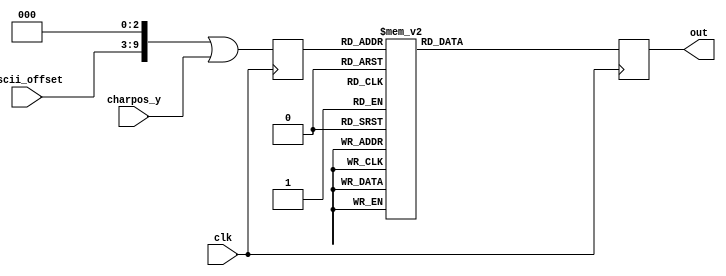
module font_rom_8x8 (
    input clk,
	 input [6:0] ascii_offset,
	 input [2:0] charpos_y,
    output reg [7:0] out
);

reg [9:0] addr_r;
//assign addr_r = ((ascii_offset << 3) |charpos_y);

always @(posedge clk) begin
  addr_r <= ((ascii_offset << 3) |charpos_y);
  case (addr_r)
		10'h100:out <=8'b00000000;        
		10'h101:out <=8'b00000000;        
		10'h102:out <=8'b00000000;        
		10'h103:out <=8'b00000000;        
		10'h104:out <=8'b00000000;        
		10'h105:out <=8'b00000000;        
		10'h106:out <=8'b00000000;        
		10'h107:out <=8'b00000000;        
		10'h108:out <=8'b00000100;        // !
		10'h109:out <=8'b00000100;        
		10'h10A:out <=8'b00000100;        
		10'h10B:out <=8'b00000100;        
		10'h10C:out <=8'b00000000;        
		10'h10D:out <=8'b00000000;        
		10'h10E:out <=8'b00000100;        
		10'h10F:out <=8'b00000000;        
		10'h110:out <=8'b00001010;        // "
		10'h111:out <=8'b00001010;        
		10'h112:out <=8'b00001010;        
		10'h113:out <=8'b00000000;        
		10'h114:out <=8'b00000000;        
		10'h115:out <=8'b00000000;        
		10'h116:out <=8'b00000000;        
		10'h117:out <=8'b00000000;        
		10'h118:out <=8'b00001010;        // #
		10'h119:out <=8'b00001010;        
		10'h11A:out <=8'b00011111;        
		10'h11B:out <=8'b00001010;        
		10'h11C:out <=8'b00011111;        
		10'h11D:out <=8'b00001010;        
		10'h11E:out <=8'b00001010;        
		10'h11F:out <=8'b00000000;        
		10'h120:out <=8'b00000100;        // $
		10'h121:out <=8'b00001111;        
		10'h122:out <=8'b00010100;        
		10'h123:out <=8'b00001110;        
		10'h124:out <=8'b00000101;        
		10'h125:out <=8'b00011110;        
		10'h126:out <=8'b00000100;        
		10'h127:out <=8'b00000000;        
		10'h128:out <=8'b00011000;        // %
		10'h129:out <=8'b00011001;        
		10'h12A:out <=8'b00000010;        
		10'h12B:out <=8'b00000100;        
		10'h12C:out <=8'b00001000;        
		10'h12D:out <=8'b00010011;        
		10'h12E:out <=8'b00000011;        
		10'h12F:out <=8'b00000000;        
		10'h130:out <=8'b00001100;        // &
		10'h131:out <=8'b00010010;        
		10'h132:out <=8'b00010100;        
		10'h133:out <=8'b00001000;        
		10'h134:out <=8'b00010101;        
		10'h135:out <=8'b00010010;        
		10'h136:out <=8'b00001101;        
		10'h137:out <=8'b00000000;        
		10'h138:out <=8'b00001100;        // '
		10'h139:out <=8'b00000100;        
		10'h13A:out <=8'b00001000;        
		10'h13B:out <=8'b00000000;        
		10'h13C:out <=8'b00000000;        
		10'h13D:out <=8'b00000000;        
		10'h13E:out <=8'b00000000;        
		10'h13F:out <=8'b00000000;        
		10'h140:out <=8'b00000010;        // (
		10'h141:out <=8'b00000100;        
		10'h142:out <=8'b00001000;        
		10'h143:out <=8'b00001000;        
		10'h144:out <=8'b00001000;        
		10'h145:out <=8'b00000100;        
		10'h146:out <=8'b00000010;        
		10'h147:out <=8'b00000000;        
		10'h148:out <=8'b00001000;        // )
		10'h149:out <=8'b00000100;        
		10'h14A:out <=8'b00000010;        
		10'h14B:out <=8'b00000010;        
		10'h14C:out <=8'b00000010;        
		10'h14D:out <=8'b00000100;        
		10'h14E:out <=8'b00001000;        
		10'h14F:out <=8'b00000000;        
		10'h150:out <=8'b00000000;        // *
		10'h151:out <=8'b00000100;        
		10'h152:out <=8'b00010101;        
		10'h153:out <=8'b00001110;        
		10'h154:out <=8'b00010101;        
		10'h155:out <=8'b00000100;        
		10'h156:out <=8'b00000000;        
		10'h157:out <=8'b00000000;        
		10'h158:out <=8'b00000000;        // +
		10'h159:out <=8'b00000100;        
		10'h15A:out <=8'b00000100;        
		10'h15B:out <=8'b00011111;        
		10'h15C:out <=8'b00000100;        
		10'h15D:out <=8'b00000100;        
		10'h15E:out <=8'b00000000;        
		10'h15F:out <=8'b00000000;        
		10'h160:out <=8'b00000000;        // ,
		10'h161:out <=8'b00000000;        
		10'h162:out <=8'b00000000;        
		10'h163:out <=8'b00000000;        
		10'h164:out <=8'b00001100;        
		10'h165:out <=8'b00000100;        
		10'h166:out <=8'b00001000;        
		10'h167:out <=8'b00000000;        
		10'h168:out <=8'b00000000;        // -
		10'h169:out <=8'b00000000;        
		10'h16A:out <=8'b00000000;        
		10'h16B:out <=8'b00011111;        
		10'h16C:out <=8'b00000000;        
		10'h16D:out <=8'b00000000;        
		10'h16E:out <=8'b00000000;        
		10'h16F:out <=8'b00000000;        
		10'h170:out <=8'b00000000;        // .
		10'h171:out <=8'b00000000;        
		10'h172:out <=8'b00000000;        
		10'h173:out <=8'b00000000;        
		10'h174:out <=8'b00000000;        
		10'h175:out <=8'b00001100;        
		10'h176:out <=8'b00001100;        
		10'h177:out <=8'b00000000;        
		10'h178:out <=8'b00000000;        // /
		10'h179:out <=8'b00000001;        
		10'h17A:out <=8'b00000010;        
		10'h17B:out <=8'b00000100;        
		10'h17C:out <=8'b00001000;        
		10'h17D:out <=8'b00010000;        
		10'h17E:out <=8'b00000000;        
		10'h17F:out <=8'b00000000;        
		10'h180:out <=8'b00001110;        // 0
		10'h181:out <=8'b00010001;        
		10'h182:out <=8'b00010011;        
		10'h183:out <=8'b00010101;        
		10'h184:out <=8'b00011001;        
		10'h185:out <=8'b00010001;        
		10'h186:out <=8'b00001110;        
		10'h187:out <=8'b00000000;        
		10'h188:out <=8'b00000100;        // 1
		10'h189:out <=8'b00001100;        
		10'h18A:out <=8'b00000100;        
		10'h18B:out <=8'b00000100;        
		10'h18C:out <=8'b00000100;        
		10'h18D:out <=8'b00000100;        
		10'h18E:out <=8'b00001110;        
		10'h18F:out <=8'b00000000;        
		10'h190:out <=8'b00001110;        // 2
		10'h191:out <=8'b00010001;        
		10'h192:out <=8'b00000001;        
		10'h193:out <=8'b00000010;        
		10'h194:out <=8'b00000100;        
		10'h195:out <=8'b00001000;        
		10'h196:out <=8'b00011111;        
		10'h197:out <=8'b00000000;        
		10'h198:out <=8'b00011111;        // 3
		10'h199:out <=8'b00000010;        
		10'h19A:out <=8'b00000100;        
		10'h19B:out <=8'b00000010;        
		10'h19C:out <=8'b00000001;        
		10'h19D:out <=8'b00010001;        
		10'h19E:out <=8'b00001110;        
		10'h19F:out <=8'b00000000;        
		10'h1A0:out <=8'b00000010;        // 4
		10'h1A1:out <=8'b00000110;        
		10'h1A2:out <=8'b00001010;        
		10'h1A3:out <=8'b00010010;        
		10'h1A4:out <=8'b00011111;        
		10'h1A5:out <=8'b00000010;        
		10'h1A6:out <=8'b00000010;        
		10'h1A7:out <=8'b00000000;        
		10'h1A8:out <=8'b00011111;        // 5
		10'h1A9:out <=8'b00010000;        
		10'h1AA:out <=8'b00011110;        
		10'h1AB:out <=8'b00000001;        
		10'h1AC:out <=8'b00000001;        
		10'h1AD:out <=8'b00010001;        
		10'h1AE:out <=8'b00001110;        
		10'h1AF:out <=8'b00000000;        
		10'h1B0:out <=8'b00000110;        // 6
		10'h1B1:out <=8'b00001000;        
		10'h1B2:out <=8'b00010000;        
		10'h1B3:out <=8'b00011110;        
		10'h1B4:out <=8'b00010001;        
		10'h1B5:out <=8'b00010001;        
		10'h1B6:out <=8'b00001110;        
		10'h1B7:out <=8'b00000000;        
		10'h1B8:out <=8'b00011111;        // 7
		10'h1B9:out <=8'b00000001;        
		10'h1BA:out <=8'b00000010;        
		10'h1BB:out <=8'b00000100;        
		10'h1BC:out <=8'b00000100;        
		10'h1BD:out <=8'b00000100;        
		10'h1BE:out <=8'b00000100;        
		10'h1BF:out <=8'b00000000;        
		10'h1C0:out <=8'b00011110;        // 8
		10'h1C1:out <=8'b00010001;        
		10'h1C2:out <=8'b00010001;        
		10'h1C3:out <=8'b00001110;        
		10'h1C4:out <=8'b00010001;        
		10'h1C5:out <=8'b00010001;        
		10'h1C6:out <=8'b00001110;        
		10'h1C7:out <=8'b00000000;        
		10'h1C8:out <=8'b00001110;        // 9
		10'h1C9:out <=8'b00010001;        
		10'h1CA:out <=8'b00010001;        
		10'h1CB:out <=8'b00001111;        
		10'h1CC:out <=8'b00000001;        
		10'h1CD:out <=8'b00000010;        
		10'h1CE:out <=8'b00001100;        
		10'h1CF:out <=8'b00000000;        
		10'h1D0:out <=8'b00000000;        // :
		10'h1D1:out <=8'b00001100;        
		10'h1D2:out <=8'b00001100;        
		10'h1D3:out <=8'b00000000;        
		10'h1D4:out <=8'b00001100;        
		10'h1D5:out <=8'b00001100;        
		10'h1D6:out <=8'b00000000;        
		10'h1D7:out <=8'b00000000;        
		10'h1D8:out <=8'b00000000;        // ;
		10'h1D9:out <=8'b00001100;        
		10'h1DA:out <=8'b00001100;        
		10'h1DB:out <=8'b00000000;        
		10'h1DC:out <=8'b00001100;        
		10'h1DD:out <=8'b00000100;        
		10'h1DE:out <=8'b00001000;        
		10'h1DF:out <=8'b00000000;        
		10'h1E0:out <=8'b00000010;        // <
		10'h1E1:out <=8'b00000100;        
		10'h1E2:out <=8'b00001000;        
		10'h1E3:out <=8'b00010000;        
		10'h1E4:out <=8'b00001000;        
		10'h1E5:out <=8'b00000100;        
		10'h1E6:out <=8'b00000010;        
		10'h1E7:out <=8'b00000000;        
		10'h1E8:out <=8'b00000000;        // =
		10'h1E9:out <=8'b00000000;        
		10'h1EA:out <=8'b00011111;        
		10'h1EB:out <=8'b00000000;        
		10'h1EC:out <=8'b00011111;        
		10'h1ED:out <=8'b00000000;        
		10'h1EE:out <=8'b00000000;        
		10'h1EF:out <=8'b00000000;        
		10'h1F0:out <=8'b00001000;        // >
		10'h1F1:out <=8'b00000100;        
		10'h1F2:out <=8'b00000010;        
		10'h1F3:out <=8'b00000001;        
		10'h1F4:out <=8'b00000010;        
		10'h1F5:out <=8'b00000100;        
		10'h1F6:out <=8'b00001000;        
		10'h1F7:out <=8'b00000000;        
		10'h1F8:out <=8'b00001110;        // ?
		10'h1F9:out <=8'b00010001;        
		10'h1FA:out <=8'b00000001;        
		10'h1FB:out <=8'b00000010;        
		10'h1FC:out <=8'b00000100;        
		10'h1FD:out <=8'b00000000;        
		10'h1FE:out <=8'b00000100;        
		10'h1FF:out <=8'b00000000;        
		10'h200:out <=8'b00001110;        // @
		10'h201:out <=8'b00010001;        
		10'h202:out <=8'b00000001;        
		10'h203:out <=8'b00001101;        
		10'h204:out <=8'b00010101;        
		10'h205:out <=8'b00010101;        
		10'h206:out <=8'b00001110;        
		10'h207:out <=8'b00000000;        
		10'h208:out <=8'b00001110;        // A
		10'h209:out <=8'b00010001;        
		10'h20A:out <=8'b00010001;        
		10'h20B:out <=8'b00010001;        
		10'h20C:out <=8'b00011111;        
		10'h20D:out <=8'b00010001;        
		10'h20E:out <=8'b00010001;        
		10'h20F:out <=8'b00000000;        
		10'h210:out <=8'b00011110;        // B
		10'h211:out <=8'b00001001;        
		10'h212:out <=8'b00001001;        
		10'h213:out <=8'b00001110;        
		10'h214:out <=8'b00001001;        
		10'h215:out <=8'b00001001;        
		10'h216:out <=8'b00011110;        
		10'h217:out <=8'b00000000;        
		10'h218:out <=8'b00001110;        // C
		10'h219:out <=8'b00010001;        
		10'h21A:out <=8'b00010000;        
		10'h21B:out <=8'b00010000;        
		10'h21C:out <=8'b00010000;        
		10'h21D:out <=8'b00010001;        
		10'h21E:out <=8'b00001110;        
		10'h21F:out <=8'b00000000;        
		10'h220:out <=8'b00011110;        // D
		10'h221:out <=8'b00001001;        
		10'h222:out <=8'b00001001;        
		10'h223:out <=8'b00001001;        
		10'h224:out <=8'b00001001;        
		10'h225:out <=8'b00001001;        
		10'h226:out <=8'b00011110;        
		10'h227:out <=8'b00000000;        
		10'h228:out <=8'b00011111;        // E
		10'h229:out <=8'b00010000;        
		10'h22A:out <=8'b00010000;        
		10'h22B:out <=8'b00011111;        
		10'h22C:out <=8'b00010000;        
		10'h22D:out <=8'b00010000;        
		10'h22E:out <=8'b00011111;        
		10'h22F:out <=8'b00000000;        
		10'h230:out <=8'b00011111;        // F
		10'h231:out <=8'b00010000;        
		10'h232:out <=8'b00010000;        
		10'h233:out <=8'b00011110;        
		10'h234:out <=8'b00010000;        
		10'h235:out <=8'b00010000;        
		10'h236:out <=8'b00010000;        
		10'h237:out <=8'b00000000;        
		10'h238:out <=8'b00001110;        // G
		10'h239:out <=8'b00010001;        
		10'h23A:out <=8'b00010000;        
		10'h23B:out <=8'b00010011;        
		10'h23C:out <=8'b00010001;        
		10'h23D:out <=8'b00010001;        
		10'h23E:out <=8'b00001111;        
		10'h23F:out <=8'b00000000;        
		10'h240:out <=8'b00010001;        // H
		10'h241:out <=8'b00010001;        
		10'h242:out <=8'b00010001;        
		10'h243:out <=8'b00011111;        
		10'h244:out <=8'b00010001;        
		10'h245:out <=8'b00010001;        
		10'h246:out <=8'b00010001;        
		10'h247:out <=8'b00000000;        
		10'h248:out <=8'b00001110;        // I
		10'h249:out <=8'b00000100;        
		10'h24A:out <=8'b00000100;        
		10'h24B:out <=8'b00000100;        
		10'h24C:out <=8'b00000100;        
		10'h24D:out <=8'b00000100;        
		10'h24E:out <=8'b00001110;        
		10'h24F:out <=8'b00000000;        
		10'h250:out <=8'b00000111;        // J
		10'h251:out <=8'b00000010;        
		10'h252:out <=8'b00000010;        
		10'h253:out <=8'b00000010;        
		10'h254:out <=8'b00000010;        
		10'h255:out <=8'b00010010;        
		10'h256:out <=8'b00001100;        
		10'h257:out <=8'b00000000;        
		10'h258:out <=8'b00010001;        // K
		10'h259:out <=8'b00010010;        
		10'h25A:out <=8'b00010100;        
		10'h25B:out <=8'b00011000;        
		10'h25C:out <=8'b00010100;        
		10'h25D:out <=8'b00010010;        
		10'h25E:out <=8'b00010001;        
		10'h25F:out <=8'b00000000;        
		10'h260:out <=8'b00010000;        // L
		10'h261:out <=8'b00010000;        
		10'h262:out <=8'b00010000;        
		10'h263:out <=8'b00010000;        
		10'h264:out <=8'b00010000;        
		10'h265:out <=8'b00010000;        
		10'h266:out <=8'b00011111;        
		10'h267:out <=8'b00000000;        
		10'h268:out <=8'b00010001;        // M
		10'h269:out <=8'b00011011;        
		10'h26A:out <=8'b00010101;        
		10'h26B:out <=8'b00010101;        
		10'h26C:out <=8'b00010001;        
		10'h26D:out <=8'b00010001;        
		10'h26E:out <=8'b00010001;        
		10'h26F:out <=8'b00000000;        
		10'h270:out <=8'b00010001;        // N
		10'h271:out <=8'b00011001;        
		10'h272:out <=8'b00011001;        
		10'h273:out <=8'b00010101;        
		10'h274:out <=8'b00010011;        
		10'h275:out <=8'b00010011;        
		10'h276:out <=8'b00010001;        
		10'h277:out <=8'b00000000;        
		10'h278:out <=8'b00001110;        // O
		10'h279:out <=8'b00010001;        
		10'h27A:out <=8'b00010001;        
		10'h27B:out <=8'b00010001;        
		10'h27C:out <=8'b00010001;        
		10'h27D:out <=8'b00010001;        
		10'h27E:out <=8'b00001110;        
		10'h27F:out <=8'b00000000;        
		10'h280:out <=8'b00011110;        // P
		10'h281:out <=8'b00010001;        
		10'h282:out <=8'b00010001;        
		10'h283:out <=8'b00011110;        
		10'h284:out <=8'b00010000;        
		10'h285:out <=8'b00010000;        
		10'h286:out <=8'b00010000;        
		10'h287:out <=8'b00000000;        
		10'h288:out <=8'b00001110;        // Q
		10'h289:out <=8'b00010001;        
		10'h28A:out <=8'b00010001;        
		10'h28B:out <=8'b00010001;        
		10'h28C:out <=8'b00010101;        
		10'h28D:out <=8'b00010010;        
		10'h28E:out <=8'b00011101;        
		10'h28F:out <=8'b00000000;        
		10'h290:out <=8'b00011110;        // R
		10'h291:out <=8'b00010001;        
		10'h292:out <=8'b00010001;        
		10'h293:out <=8'b00011110;        
		10'h294:out <=8'b00010100;        
		10'h295:out <=8'b00010010;        
		10'h296:out <=8'b00010001;        
		10'h297:out <=8'b00000000;        
		10'h298:out <=8'b00001110;        // S
		10'h299:out <=8'b00010001;        
		10'h29A:out <=8'b00010000;        
		10'h29B:out <=8'b00001110;        
		10'h29C:out <=8'b00000001;        
		10'h29D:out <=8'b00010001;        
		10'h29E:out <=8'b00001110;        
		10'h29F:out <=8'b00000000;        
		10'h2A0:out <=8'b00011111;        // T
		10'h2A1:out <=8'b00000100;        
		10'h2A2:out <=8'b00000100;        
		10'h2A3:out <=8'b00000100;        
		10'h2A4:out <=8'b00000100;        
		10'h2A5:out <=8'b00000100;        
		10'h2A6:out <=8'b00000100;        
		10'h2A7:out <=8'b00000000;        
		10'h2A8:out <=8'b00010001;        // U
		10'h2A9:out <=8'b00010001;        
		10'h2AA:out <=8'b00010001;        
		10'h2AB:out <=8'b00010001;        
		10'h2AC:out <=8'b00010001;        
		10'h2AD:out <=8'b00010001;        
		10'h2AE:out <=8'b00001110;        
		10'h2AF:out <=8'b00000000;        
		10'h2B0:out <=8'b00010001;        // V
		10'h2B1:out <=8'b00010001;        
		10'h2B2:out <=8'b00010001;        
		10'h2B3:out <=8'b00010001;        
		10'h2B4:out <=8'b00010001;        
		10'h2B5:out <=8'b00001010;        
		10'h2B6:out <=8'b00000100;        
		10'h2B7:out <=8'b00000000;        
		10'h2B8:out <=8'b00010001;        // W
		10'h2B9:out <=8'b00010001;        
		10'h2BA:out <=8'b00010001;        
		10'h2BB:out <=8'b00010101;        
		10'h2BC:out <=8'b00010101;        
		10'h2BD:out <=8'b00011011;        
		10'h2BE:out <=8'b00010001;        
		10'h2BF:out <=8'b00000000;        
		10'h2C0:out <=8'b00010001;        // X
		10'h2C1:out <=8'b00010001;        
		10'h2C2:out <=8'b00001010;        
		10'h2C3:out <=8'b00000100;        
		10'h2C4:out <=8'b00001010;        
		10'h2C5:out <=8'b00010001;        
		10'h2C6:out <=8'b00010001;        
		10'h2C7:out <=8'b00000000;        
		10'h2C8:out <=8'b00010001;        // Y
		10'h2C9:out <=8'b00010001;        
		10'h2CA:out <=8'b00010001;        
		10'h2CB:out <=8'b00001010;        
		10'h2CC:out <=8'b00000100;        
		10'h2CD:out <=8'b00000100;        
		10'h2CE:out <=8'b00000100;        
		10'h2CF:out <=8'b00000000;        
		10'h2D0:out <=8'b00011111;        // Z
		10'h2D1:out <=8'b00000001;        
		10'h2D2:out <=8'b00000010;        
		10'h2D3:out <=8'b00000100;        
		10'h2D4:out <=8'b00001000;        
		10'h2D5:out <=8'b00010000;        
		10'h2D6:out <=8'b00011111;        
		10'h2D7:out <=8'b00000000;        
		10'h2D8:out <=8'b00001110;        // [
		10'h2D9:out <=8'b00001000;        
		10'h2DA:out <=8'b00001000;        
		10'h2DB:out <=8'b00001000;        
		10'h2DC:out <=8'b00001000;        
		10'h2DD:out <=8'b00001000;        
		10'h2DE:out <=8'b00001110;        
		10'h2DF:out <=8'b00000000;        
		10'h2E0:out <=8'b00000000;        // \
		10'h2E1:out <=8'b00010000;        
		10'h2E2:out <=8'b00001000;        
		10'h2E3:out <=8'b00000100;        
		10'h2E4:out <=8'b00000010;        
		10'h2E5:out <=8'b00000001;        
		10'h2E6:out <=8'b00000000;        
		10'h2E7:out <=8'b00000000;        
		10'h2E8:out <=8'b00001110;        // ]
		10'h2E9:out <=8'b00000010;        
		10'h2EA:out <=8'b00000010;        
		10'h2EB:out <=8'b00000010;        
		10'h2EC:out <=8'b00000010;        
		10'h2ED:out <=8'b00000010;        
		10'h2EE:out <=8'b00001110;        
		10'h2EF:out <=8'b00000000;        
		10'h2F0:out <=8'b00000100;        // ^
		10'h2F1:out <=8'b00001010;        
		10'h2F2:out <=8'b00010001;        
		10'h2F3:out <=8'b00000000;        
		10'h2F4:out <=8'b00000000;        
		10'h2F5:out <=8'b00000000;        
		10'h2F6:out <=8'b00000000;        
		10'h2F7:out <=8'b00000000;        
		10'h2F8:out <=8'b00000000;        // _
		10'h2F9:out <=8'b00000000;        
		10'h2FA:out <=8'b00000000;        
		10'h2FB:out <=8'b00000000;        
		10'h2FC:out <=8'b00000000;        
		10'h2FD:out <=8'b00000000;        
		10'h2FE:out <=8'b00011111;        
		10'h2FF:out <=8'b00000000;        
		10'h300:out <=8'b00010000;        // `
		10'h301:out <=8'b00001000;        
		10'h302:out <=8'b00000100;        
		10'h303:out <=8'b00000000;        
		10'h304:out <=8'b00000000;        
		10'h305:out <=8'b00000000;        
		10'h306:out <=8'b00000000;        
		10'h307:out <=8'b00000000;        
		10'h308:out <=8'b00000000;        // a
		10'h309:out <=8'b00000000;        
		10'h30A:out <=8'b00001110;        
		10'h30B:out <=8'b00000001;        
		10'h30C:out <=8'b00001111;        
		10'h30D:out <=8'b00010001;        
		10'h30E:out <=8'b00001111;        
		10'h30F:out <=8'b00000000;        
		10'h310:out <=8'b00010000;        // b
		10'h311:out <=8'b00010000;        
		10'h312:out <=8'b00010110;        
		10'h313:out <=8'b00011001;        
		10'h314:out <=8'b00010001;        
		10'h315:out <=8'b00010001;        
		10'h316:out <=8'b00011110;        
		10'h317:out <=8'b00000000;        
		10'h318:out <=8'b00000000;        // c
		10'h319:out <=8'b00000000;        
		10'h31A:out <=8'b00001110;        
		10'h31B:out <=8'b00010001;        
		10'h31C:out <=8'b00010000;        
		10'h31D:out <=8'b00010001;        
		10'h31E:out <=8'b00001110;        
		10'h31F:out <=8'b00000000;        
		10'h320:out <=8'b00000001;        // d
		10'h321:out <=8'b00000001;        
		10'h322:out <=8'b00001101;        
		10'h323:out <=8'b00010011;        
		10'h324:out <=8'b00010001;        
		10'h325:out <=8'b00010001;        
		10'h326:out <=8'b00001111;        
		10'h327:out <=8'b00000000;        
		10'h328:out <=8'b00000000;        // e
		10'h329:out <=8'b00000000;        
		10'h32A:out <=8'b00001110;        
		10'h32B:out <=8'b00010001;        
		10'h32C:out <=8'b00011111;        
		10'h32D:out <=8'b00010000;        
		10'h32E:out <=8'b00001110;        
		10'h32F:out <=8'b00000000;        
		10'h330:out <=8'b00000010;        // f
		10'h331:out <=8'b00000101;        
		10'h332:out <=8'b00000100;        
		10'h333:out <=8'b00001110;        
		10'h334:out <=8'b00000100;        
		10'h335:out <=8'b00000100;        
		10'h336:out <=8'b00000100;        
		10'h337:out <=8'b00000000;        
		10'h338:out <=8'b00000000;        // g
		10'h339:out <=8'b00001101;        
		10'h33A:out <=8'b00010011;        
		10'h33B:out <=8'b00010011;        
		10'h33C:out <=8'b00001101;        
		10'h33D:out <=8'b00000001;        
		10'h33E:out <=8'b00001110;        
		10'h33F:out <=8'b00000000;        
		10'h340:out <=8'b00010000;        // h
		10'h341:out <=8'b00010000;        
		10'h342:out <=8'b00010110;        
		10'h343:out <=8'b00011001;        
		10'h344:out <=8'b00010001;        
		10'h345:out <=8'b00010001;        
		10'h346:out <=8'b00010001;        
		10'h347:out <=8'b00000000;        
		10'h348:out <=8'b00000100;        // i
		10'h349:out <=8'b00000000;        
		10'h34A:out <=8'b00001100;        
		10'h34B:out <=8'b00000100;        
		10'h34C:out <=8'b00000100;        
		10'h34D:out <=8'b00000100;        
		10'h34E:out <=8'b00001110;        
		10'h34F:out <=8'b00000000;        
		10'h350:out <=8'b00000010;        // j
		10'h351:out <=8'b00000000;        
		10'h352:out <=8'b00000110;        
		10'h353:out <=8'b00000010;        
		10'h354:out <=8'b00000010;        
		10'h355:out <=8'b00010010;        
		10'h356:out <=8'b00001100;        
		10'h357:out <=8'b00000000;        
		10'h358:out <=8'b00001000;        // k
		10'h359:out <=8'b00001000;        
		10'h35A:out <=8'b00001001;        
		10'h35B:out <=8'b00001010;        
		10'h35C:out <=8'b00001100;        
		10'h35D:out <=8'b00001010;        
		10'h35E:out <=8'b00001001;        
		10'h35F:out <=8'b00000000;        
		10'h360:out <=8'b00001100;        // l
		10'h361:out <=8'b00000100;        
		10'h362:out <=8'b00000100;        
		10'h363:out <=8'b00000100;        
		10'h364:out <=8'b00000100;        
		10'h365:out <=8'b00000100;        
		10'h366:out <=8'b00001110;        
		10'h367:out <=8'b00000000;        
		10'h368:out <=8'b00000000;        // m
		10'h369:out <=8'b00000000;        
		10'h36A:out <=8'b00011010;        
		10'h36B:out <=8'b00010101;        
		10'h36C:out <=8'b00010101;        
		10'h36D:out <=8'b00010101;        
		10'h36E:out <=8'b00010101;        
		10'h36F:out <=8'b00000000;        
		10'h370:out <=8'b00000000;        // n
		10'h371:out <=8'b00000000;        
		10'h372:out <=8'b00010110;        
		10'h373:out <=8'b00011001;        
		10'h374:out <=8'b00010001;        
		10'h375:out <=8'b00010001;        
		10'h376:out <=8'b00010001;        
		10'h377:out <=8'b00000000;        
		10'h378:out <=8'b00000000;        // o
		10'h379:out <=8'b00000000;        
		10'h37A:out <=8'b00001110;        
		10'h37B:out <=8'b00010001;        
		10'h37C:out <=8'b00010001;        
		10'h37D:out <=8'b00010001;        
		10'h37E:out <=8'b00001110;        
		10'h37F:out <=8'b00000000;        
		10'h380:out <=8'b00000000;        // p
		10'h381:out <=8'b00010110;        
		10'h382:out <=8'b00011001;        
		10'h383:out <=8'b00011001;        
		10'h384:out <=8'b00010110;        
		10'h385:out <=8'b00010000;        
		10'h386:out <=8'b00010000;        
		10'h387:out <=8'b00000000;        
		10'h388:out <=8'b00000000;        // q
		10'h389:out <=8'b00001101;        
		10'h38A:out <=8'b00010011;        
		10'h38B:out <=8'b00010011;        
		10'h38C:out <=8'b00001101;        
		10'h38D:out <=8'b00000001;        
		10'h38E:out <=8'b00000001;        
		10'h38F:out <=8'b00000000;        
		10'h390:out <=8'b00000000;        // r
		10'h391:out <=8'b00000000;        
		10'h392:out <=8'b00010110;        
		10'h393:out <=8'b00011001;        
		10'h394:out <=8'b00010000;        
		10'h395:out <=8'b00010000;        
		10'h396:out <=8'b00010000;        
		10'h397:out <=8'b00000000;        
		10'h398:out <=8'b00000000;        // s
		10'h399:out <=8'b00000000;        
		10'h39A:out <=8'b00001111;        
		10'h39B:out <=8'b00010000;        
		10'h39C:out <=8'b00011110;        
		10'h39D:out <=8'b00000001;        
		10'h39E:out <=8'b00011111;        
		10'h39F:out <=8'b00000000;        
		10'h3A0:out <=8'b00001000;        // t
		10'h3A1:out <=8'b00001000;        
		10'h3A2:out <=8'b00011100;        
		10'h3A3:out <=8'b00001000;        
		10'h3A4:out <=8'b00001000;        
		10'h3A5:out <=8'b00001001;        
		10'h3A6:out <=8'b00000110;        
		10'h3A7:out <=8'b00000000;        
		10'h3A8:out <=8'b00000000;        // u
		10'h3A9:out <=8'b00000000;        
		10'h3AA:out <=8'b00010010;        
		10'h3AB:out <=8'b00010010;        
		10'h3AC:out <=8'b00010010;        
		10'h3AD:out <=8'b00010010;        
		10'h3AE:out <=8'b00001101;        
		10'h3AF:out <=8'b00000000;        
		10'h3B0:out <=8'b00000000;        // v
		10'h3B1:out <=8'b00000000;        
		10'h3B2:out <=8'b00010001;        
		10'h3B3:out <=8'b00010001;        
		10'h3B4:out <=8'b00010001;        
		10'h3B5:out <=8'b00001010;        
		10'h3B6:out <=8'b00000100;        
		10'h3B7:out <=8'b00000000;        
		10'h3B8:out <=8'b00000000;        // w
		10'h3B9:out <=8'b00000000;        
		10'h3BA:out <=8'b00010001;        
		10'h3BB:out <=8'b00010001;        
		10'h3BC:out <=8'b00010101;        
		10'h3BD:out <=8'b00010101;        
		10'h3BE:out <=8'b00001010;        
		10'h3BF:out <=8'b00000000;        
		10'h3C0:out <=8'b00000000;        // x
		10'h3C1:out <=8'b00000000;        
		10'h3C2:out <=8'b00010001;        
		10'h3C3:out <=8'b00001010;        
		10'h3C4:out <=8'b00000100;        
		10'h3C5:out <=8'b00001010;        
		10'h3C6:out <=8'b00010001;        
		10'h3C7:out <=8'b00000000;        
		10'h3C8:out <=8'b00000000;        // y
		10'h3C9:out <=8'b00000000;        
		10'h3CA:out <=8'b00010001;        
		10'h3CB:out <=8'b00010001;        
		10'h3CC:out <=8'b00010011;        
		10'h3CD:out <=8'b00001101;        
		10'h3CE:out <=8'b00000001;        
		10'h3CF:out <=8'b00001110;        
		10'h3D0:out <=8'b00000000;        // z
		10'h3D1:out <=8'b00000000;        
		10'h3D2:out <=8'b00011111;        
		10'h3D3:out <=8'b00000010;        
		10'h3D4:out <=8'b00000100;        
		10'h3D5:out <=8'b00001000;        
		10'h3D6:out <=8'b00011111;        
		10'h3D7:out <=8'b00000000;        
		10'h3D8:out <=8'b00000010;        // {
		10'h3D9:out <=8'b00000100;        
		10'h3DA:out <=8'b00000100;        
		10'h3DB:out <=8'b00001000;        
		10'h3DC:out <=8'b00000100;        
		10'h3DD:out <=8'b00000100;        
		10'h3DE:out <=8'b00000010;        
		10'h3DF:out <=8'b00000000;        
		10'h3E0:out <=8'b00000100;        // |
		10'h3E1:out <=8'b00000100;        
		10'h3E2:out <=8'b00000100;        
		10'h3E3:out <=8'b00000000;        
		10'h3E4:out <=8'b00000100;        
		10'h3E5:out <=8'b00000100;        
		10'h3E6:out <=8'b00000100;        
		10'h3E7:out <=8'b00000000;        
		10'h3E8:out <=8'b00001000;        // }
		10'h3E9:out <=8'b00000100;        
		10'h3EA:out <=8'b00000100;        
		10'h3EB:out <=8'b00000010;        
		10'h3EC:out <=8'b00000100;        
		10'h3ED:out <=8'b00000100;        
		10'h3EE:out <=8'b00001000;        
		10'h3EF:out <=8'b00000000;        
		10'h3F0:out <=8'b00001000;        // ~
		10'h3F1:out <=8'b00010101;        
		10'h3F2:out <=8'b00000010;        
		10'h3F3:out <=8'b00000000;        
		10'h3F4:out <=8'b00000000;        
		10'h3F5:out <=8'b00000000;        
		10'h3F6:out <=8'b00000000;        
		10'h3F7:out <=8'b00000000;               
    default : out <= 0;
  endcase
end
endmodule

//DEC 	OCT 	HEX 	BIN 	Symbol 	HTML Number 	HTML Name 	Description
//0	000	00	00000000	NUL	&#000;	 	Null char
//1	001	01	00000001	SOH	&#001;	 	Start of Heading
//2	002	02	00000010	STX	&#002;	 	Start of Text
//3	003	03	00000011	ETX	&#003;	 	End of Text
//4	004	04	00000100	EOT	&#004;	 	End of Transmission
//5	005	05	00000101	ENQ	&#005;	 	Enquiry
//6	006	06	00000110	ACK	&#006;	 	Acknowledgment
//7	007	07	00000111	BEL	&#007;	 	Bell
//8	010	08	00001000	BS	&#008;	 	Back Space
//9	011	09	00001001	HT	&#009;	 	Horizontal Tab
//10	012	0A	00001010	LF	&#010;	 	Line Feed
//11	013	0B	00001011	VT	&#011;	 	Vertical Tab
//12	014	0C	00001100	FF	&#012;	 	Form Feed
//13	015	0D	00001101	CR	&#013;	 	Carriage Return
//14	016	0E	00001110	SO	&#014;	 	Shift Out / X-On
//15	017	0F	00001111	SI	&#015;	 	Shift In / X-Off
//16	020	10	00010000	DLE	&#016;	 	Data Line Escape
//17	021	11	00010001	DC1	&#017;	 	Device Control 1 (oft. XON)
//18	022	12	00010010	DC2	&#018;	 	Device Control 2
//19	023	13	00010011	DC3	&#019;	 	Device Control 3 (oft. XOFF)
//20	024	14	00010100	DC4	&#020;	 	Device Control 4
//21	025	15	00010101	NAK	&#021;	 	Negative Acknowledgement
//22	026	16	00010110	SYN	&#022;	 	Synchronous Idle
//23	027	17	00010111	ETB	&#023;	 	End of Transmit Block
//24	030	18	00011000	CAN	&#024;	 	Cancel
//25	031	19	00011001	EM	&#025;	 	End of Medium
//26	032	1A	00011010	SUB	&#026;	 	Substitute
//27	033	1B	00011011	ESC	&#027;	 	Escape
//28	034	1C	00011100	FS	&#028;	 	File Separator
//29	035	1D	00011101	GS	&#029;	 	Group Separator
//30	036	1E	00011110	RS	&#030;	 	Record Separator
//31	037	1F	00011111	US	&#031;	 	Unit Separator
//32	040	20	00100000	 	&#32;	 	Space
//33	041	21	00100001	!	&#33;	 	Exclamation mark
//34	042	22	00100010	"	&#34;	&quot;	Double quotes (or speech marks)
//35	043	23	00100011	#	&#35;	 	Number
//36	044	24	00100100	$	&#36;	 	Dollar
//37	045	25	00100101	%	&#37;	 	Procenttecken
//38	046	26	00100110	&	&#38;	&amp;	Ampersand
//39	047	27	00100111	'	&#39;	 	Single quote
//40	050	28	00101000	(	&#40;	 	Open parenthesis (or open bracket)
//41	051	29	00101001	)	&#41;	 	Close parenthesis (or close bracket)
//42	052	2A	00101010	*	&#42;	 	Asterisk
//43	053	2B	00101011	+	&#43;	 	Plus
//44	054	2C	00101100	,	&#44;	 	Comma
//45	055	2D	00101101	-	&#45;	 	Hyphen
//46	056	2E	00101110	.	&#46;	 	Period, dot or full stop
//47	057	2F	00101111	/	&#47;	 	Slash or divide
//48	060	30	00110000	0	&#48;	 	Zero
//49	061	31	00110001	1	&#49;	 	One
//50	062	32	00110010	2	&#50;	 	Two
//51	063	33	00110011	3	&#51;	 	Three
//52	064	34	00110100	4	&#52;	 	Four
//53	065	35	00110101	5	&#53;	 	Five
//54	066	36	00110110	6	&#54;	 	Six
//55	067	37	00110111	7	&#55;	 	Seven
//56	070	38	00111000	8	&#56;	 	Eight
//57	071	39	00111001	9	&#57;	 	Nine
//58	072	3A	00111010	:	&#58;	 	Colon
//59	073	3B	00111011	;	&#59;	 	Semicolon
//60	074	3C	00111100	<	&#60;	&lt;	Less than (or open angled bracket)
//61	075	3D	00111101	=	&#61;	 	Equals
//62	076	3E	00111110	>	&#62;	&gt;	Greater than (or close angled bracket)
//63	077	3F	00111111	?	&#63;	 	Question mark
//64	100	40	01000000	@	&#64;	 	At symbol
//65	101	41	01000001	A	&#65;	 	Uppercase A
//66	102	42	01000010	B	&#66;	 	Uppercase B
//67	103	43	01000011	C	&#67;	 	Uppercase C
//68	104	44	01000100	D	&#68;	 	Uppercase D
//69	105	45	01000101	E	&#69;	 	Uppercase E
//70	106	46	01000110	F	&#70;	 	Uppercase F
//71	107	47	01000111	G	&#71;	 	Uppercase G
//72	110	48	01001000	H	&#72;	 	Uppercase H
//73	111	49	01001001	I	&#73;	 	Uppercase I
//74	112	4A	01001010	J	&#74;	 	Uppercase J
//75	113	4B	01001011	K	&#75;	 	Uppercase K
//76	114	4C	01001100	L	&#76;	 	Uppercase L
//77	115	4D	01001101	M	&#77;	 	Uppercase M
//78	116	4E	01001110	N	&#78;	 	Uppercase N
//79	117	4F	01001111	O	&#79;	 	Uppercase O
//80	120	50	01010000	P	&#80;	 	Uppercase P
//81	121	51	01010001	Q	&#81;	 	Uppercase Q
//82	122	52	01010010	R	&#82;	 	Uppercase R
//83	123	53	01010011	S	&#83;	 	Uppercase S
//84	124	54	01010100	T	&#84;	 	Uppercase T
//85	125	55	01010101	U	&#85;	 	Uppercase U
//86	126	56	01010110	V	&#86;	 	Uppercase V
//87	127	57	01010111	W	&#87;	 	Uppercase W
//88	130	58	01011000	X	&#88;	 	Uppercase X
//89	131	59	01011001	Y	&#89;	 	Uppercase Y
//90	132	5A	01011010	Z	&#90;	 	Uppercase Z
//91	133	5B	01011011	[	&#91;	 	Opening bracket
//92	134	5C	01011100	\	&#92;	 	Backslash
//93	135	5D	01011101	]	&#93;	 	Closing bracket
//94	136	5E	01011110	^	&#94;	 	Caret - circumflex
//95	137	5F	01011111	_	&#95;	 	Underscore
//96	140	60	01100000	`	&#96;	 	Grave accent
//97	141	61	01100001	a	&#97;	 	Lowercase a
//98	142	62	01100010	b	&#98;	 	Lowercase b
//99	143	63	01100011	c	&#99;	 	Lowercase c
//100	144	64	01100100	d	&#100;	 	Lowercase d
//101	145	65	01100101	e	&#101;	 	Lowercase e
//102	146	66	01100110	f	&#102;	 	Lowercase f
//103	147	67	01100111	g	&#103;	 	Lowercase g
//104	150	68	01101000	h	&#104;	 	Lowercase h
//105	151	69	01101001	i	&#105;	 	Lowercase i
//106	152	6A	01101010	j	&#106;	 	Lowercase j
//107	153	6B	01101011	k	&#107;	 	Lowercase k
//108	154	6C	01101100	l	&#108;	 	Lowercase l
//109	155	6D	01101101	m	&#109;	 	Lowercase m
//110	156	6E	01101110	n	&#110;	 	Lowercase n
//111	157	6F	01101111	o	&#111;	 	Lowercase o
//112	160	70	01110000	p	&#112;	 	Lowercase p
//113	161	71	01110001	q	&#113;	 	Lowercase q
//114	162	72	01110010	r	&#114;	 	Lowercase r
//115	163	73	01110011	s	&#115;	 	Lowercase s
//116	164	74	01110100	t	&#116;	 	Lowercase t
//117	165	75	01110101	u	&#117;	 	Lowercase u
//118	166	76	01110110	v	&#118;	 	Lowercase v
//119	167	77	01110111	w	&#119;	 	Lowercase w
//120	170	78	01111000	x	&#120;	 	Lowercase x
//121	171	79	01111001	y	&#121;	 	Lowercase y
//122	172	7A	01111010	z	&#122;	 	Lowercase z
//123	173	7B	01111011	{	&#123;	 	Opening brace
//124	174	7C	01111100	|	&#124;	 	Vertical bar
//125	175	7D	01111101	}	&#125;	 	Closing brace
//126	176	7E	01111110	~	&#126;	 	Equivalency sign - tilde
//127	177	7F	01111111		&#127;	 	Delete
//128	200	80	10000000		&#128;	&euro;	Euro sign
//129	201	81	10000001	 	 	 	 
//130	202	82	10000010		&#130;	&sbquo;	Single low-9 quotation mark
//131	203	83	10000011		&#131;	&fnof;	Latin small letter f with hook
//132	204	84	10000100		&#132;	&bdquo;	Double low-9 quotation mark
//133	205	85	10000101		&#133;	&hellip;	Horizontal ellipsis
//134	206	86	10000110		&#134;	&dagger;	Dagger
//135	207	87	10000111		&#135;	&Dagger;	Double dagger
//136	210	88	10001000		&#136;	&circ;	Modifier letter circumflex accent
//137	211	89	10001001		&#137;	&permil;	Per mille sign
//138	212	8A	10001010		&#138;	&Scaron;	Latin capital letter S with caron
//139	213	8B	10001011		&#139;	&lsaquo;	Single left-pointing angle quotation
//140	214	8C	10001100		&#140;	&OElig;	Latin capital ligature OE
//141	215	8D	10001101	 	 	 	 
//142	216	8E	10001110		&#142;	 	Latin captial letter Z with caron
//143	217	8F	10001111	 	 	 	 
//144	220	90	10010000	 	 	 	 
//145	221	91	10010001		&#145;	&lsquo;	Left single quotation mark
//146	222	92	10010010		&#146;	&rsquo;	Right single quotation mark
//147	223	93	10010011		&#147;	&ldquo;	Left double quotation mark
//148	224	94	10010100		&#148;	&rdquo;	Right double quotation mark
//149	225	95	10010101		&#149;	&bull;	Bullet
//150	226	96	10010110		&#150;	&ndash;	En dash
//151	227	97	10010111		&#151;	&mdash;	Em dash
//152	230	98	10011000		&#152;	&tilde;	Small tilde
//153	231	99	10011001		&#153;	&trade;	Trade mark sign
//154	232	9A	10011010		&#154;	&scaron;	Latin small letter S with caron
//155	233	9B	10011011		&#155;	&rsaquo; 	Single right-pointing angle quotation mark
//156	234	9C	10011100		&#156;	&oelig;	Latin small ligature oe
//157	235	9D	10011101	 	 	 	 
//158	236	9E	10011110		&#158;	 	Latin small letter z with caron
//159	237	9F	10011111		&#159;	&Yuml;	Latin capital letter Y with diaeresis
//160	240	A0	10100000	 	&#160;	&nbsp;	Non-breaking space
//161	241	A1	10100001		&#161;	&iexcl;	Inverted exclamation mark
//162	242	A2	10100010		&#162;	&cent;	Cent sign
//163	243	A3	10100011		&#163;	&pound;	Pound sign
//164	244	A4	10100100		&#164;	&curren;	Currency sign
//165	245	A5	10100101		&#165;	&yen;	Yen sign
//166	246	A6	10100110		&#166;	&brvbar;	Pipe, Broken vertical bar
//167	247	A7	10100111		&#167;	&sect;	Section sign
//168	250	A8	10101000		&#168;	&uml;	Spacing diaeresis - umlaut
//169	251	A9	10101001		&#169;	&copy;	Copyright sign
//170	252	AA	10101010		&#170;	&ordf;	Feminine ordinal indicator
//171	253	AB	10101011		&#171;	&laquo;	Left double angle quotes
//172	254	AC	10101100		&#172;	&not;	Not sign
//173	255	AD	10101101		&#173;	&shy;	Soft hyphen
//174	256	AE	10101110		&#174;	&reg;	Registered trade mark sign
//175	257	AF	10101111		&#175;	&macr;	Spacing macron - overline
//176	260	B0	10110000		&#176;	&deg;	Degree sign
//177	261	B1	10110001		&#177;	&plusmn;	Plus-or-minus sign
//178	262	B2	10110010		&#178;	&sup2;	Superscript two - squared
//179	263	B3	10110011		&#179;	&sup3;	Superscript three - cubed
//180	264	B4	10110100		&#180;	&acute;	Acute accent - spacing acute
//181	265	B5	10110101		&#181;	&micro;	Micro sign
//182	266	B6	10110110		&#182;	&para;	Pilcrow sign - paragraph sign
//183	267	B7	10110111		&#183;	&middot;	Middle dot - Georgian comma
//184	270	B8	10111000		&#184;	&cedil;	Spacing cedilla
//185	271	B9	10111001		&#185;	&sup1;	Superscript one
//186	272	BA	10111010		&#186;	&ordm;	Masculine ordinal indicator
//187	273	BB	10111011		&#187;	&raquo;	Right double angle quotes
//188	274	BC	10111100		&#188;	&frac14;	Fraction one quarter
//189	275	BD	10111101		&#189;	&frac12;	Fraction one half
//190	276	BE	10111110		&#190;	&frac34;	Fraction three quarters
//191	277	BF	10111111		&#191;	&iquest;	Inverted question mark
//192	300	C0	11000000		&#192;	&Agrave;	Latin capital letter A with grave
//193	301	C1	11000001		&#193;	&Aacute;	Latin capital letter A with acute
//194	302	C2	11000010		&#194;	&Acirc;	Latin capital letter A with circumflex
//195	303	C3	11000011		&#195;	&Atilde;	Latin capital letter A with tilde
//196	304	C4	11000100		&#196;	&Auml;	Latin capital letter A with diaeresis
//197	305	C5	11000101		&#197;	&Aring;	Latin capital letter A with ring above
//198	306	C6	11000110		&#198;	&AElig;	Latin capital letter AE
//199	307	C7	11000111		&#199;	&Ccedil;	Latin capital letter C with cedilla
//200	310	C8	11001000		&#200;	&Egrave;	Latin capital letter E with grave
//201	311	C9	11001001		&#201;	&Eacute;	Latin capital letter E with acute
//202	312	CA	11001010		&#202;	&Ecirc;	Latin capital letter E with circumflex
//203	313	CB	11001011		&#203;	&Euml;	Latin capital letter E with diaeresis
//204	314	CC	11001100		&#204;	&Igrave;	Latin capital letter I with grave
//205	315	CD	11001101		&#205;	&Iacute;	Latin capital letter I with acute
//206	316	CE	11001110		&#206;	&Icirc;	Latin capital letter I with circumflex
//207	317	CF	11001111		&#207;	&Iuml;	Latin capital letter I with diaeresis
//208	320	D0	11010000		&#208;	&ETH;	Latin capital letter ETH
//209	321	D1	11010001		&#209;	&Ntilde;	Latin capital letter N with tilde
//210	322	D2	11010010		&#210;	&Ograve;	Latin capital letter O with grave
//211	323	D3	11010011		&#211;	&Oacute;	Latin capital letter O with acute
//212	324	D4	11010100		&#212;	&Ocirc;	Latin capital letter O with circumflex
//213	325	D5	11010101		&#213;	&Otilde;	Latin capital letter O with tilde
//214	326	D6	11010110		&#214;	&Ouml;	Latin capital letter O with diaeresis
//215	327	D7	11010111		&#215;	&times;	Multiplication sign
//216	330	D8	11011000		&#216;	&Oslash;	Latin capital letter O with slash
//217	331	D9	11011001		&#217;	&Ugrave;	Latin capital letter U with grave
//218	332	DA	11011010		&#218;	&Uacute;	Latin capital letter U with acute
//219	333	DB	11011011		&#219;	&Ucirc;	Latin capital letter U with circumflex
//220	334	DC	11011100		&#220;	&Uuml;	Latin capital letter U with diaeresis
//221	335	DD	11011101		&#221;	&Yacute;	Latin capital letter Y with acute
//222	336	DE	11011110		&#222;	&THORN;	Latin capital letter THORN
//223	337	DF	11011111		&#223;	&szlig;	Latin small letter sharp s - ess-zed
//224	340	E0	11100000		&#224;	&agrave;	Latin small letter a with grave
//225	341	E1	11100001		&#225;	&aacute;	Latin small letter a with acute
//226	342	E2	11100010		&#226;	&acirc;	Latin small letter a with circumflex
//227	343	E3	11100011		&#227;	&atilde;	Latin small letter a with tilde
//228	344	E4	11100100		&#228;	&auml;	Latin small letter a with diaeresis
//229	345	E5	11100101		&#229;	&aring;	Latin small letter a with ring above
//230	346	E6	11100110		&#230;	&aelig;	Latin small letter ae
//231	347	E7	11100111		&#231;	&ccedil;	Latin small letter c with cedilla
//232	350	E8	11101000		&#232;	&egrave;	Latin small letter e with grave
//233	351	E9	11101001		&#233;	&eacute;	Latin small letter e with acute
//234	352	EA	11101010		&#234;	&ecirc;	Latin small letter e with circumflex
//235	353	EB	11101011		&#235;	&euml;	Latin small letter e with diaeresis
//236	354	EC	11101100		&#236;	&igrave;	Latin small letter i with grave
//237	355	ED	11101101		&#237;	&iacute;	Latin small letter i with acute
//238	356	EE	11101110		&#238;	&icirc;	Latin small letter i with circumflex
//239	357	EF	11101111		&#239;	&iuml;	Latin small letter i with diaeresis
//240	360	F0	11110000		&#240;	&eth;	Latin small letter eth
//241	361	F1	11110001		&#241;	&ntilde;	Latin small letter n with tilde
//242	362	F2	11110010		&#242;	&ograve;	Latin small letter o with grave
//243	363	F3	11110011		&#243;	&oacute;	Latin small letter o with acute
//244	364	F4	11110100		&#244;	&ocirc;	Latin small letter o with circumflex
//245	365	F5	11110101		&#245;	&otilde;	Latin small letter o with tilde
//246	366	F6	11110110		&#246;	&ouml;	Latin small letter o with diaeresis
//247	367	F7	11110111		&#247;	&divide;	Division sign
//248	370	F8	11111000		&#248;	&oslash;	Latin small letter o with slash
//249	371	F9	11111001		&#249;	&ugrave;	Latin small letter u with grave
//250	372	FA	11111010		&#250;	&uacute;	Latin small letter u with acute
//251	373	FB	11111011		&#251;	&ucirc;	Latin small letter u with circumflex
//252	374	FC	11111100		&#252;	&uuml;	Latin small letter u with diaeresis
//253	375	FD	11111101		&#253;	&yacute;	Latin small letter y with acute
//254	376	FE	11111110		&#254;	&thorn;	Latin small letter thorn
//255	377	FF	11111111		&#255;	&yuml;	Latin small letter y with diaeresis